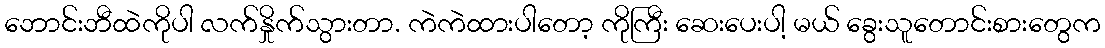
ဘောင်းဘီထဲကိုပါ လက်နှိုက်သွားတာ. ကဲကဲထားပါတော့ ကိုကြီး ဆေးပေးပါ့ မယ် ခွေးသူတောင်းစားတွေက